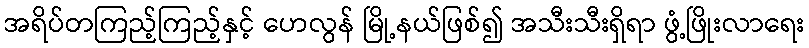
အရိပ်တကြည့်ကြည့်နှင့် ဟေလွန် မြို့နယ်ဖြစ်၍ အသီးသီးရှိရာ ဖွံ့ဖြိုးလာရေး